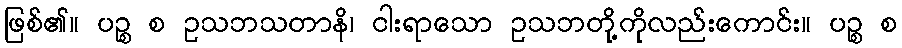
ဖြစ်၏။ ပဉ္စ စ ဥသဘသတာနိ၊ ငါးရာသော ဥသဘတို့ကိုလည်းကောင်း။ ပဉ္စ စ